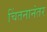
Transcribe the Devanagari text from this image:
चिंतनानंतर